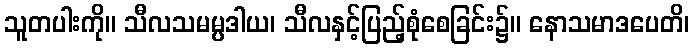
သူတပါးကို။ သီလသမမ္ပဒါယ၊ သီလနှင့်ပြည့်စုံစေခြင်း၌။ နောသမာဒပေတိ၊